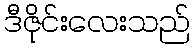
ဒီဇိုင်းလေးသည်